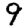
Digit: 9